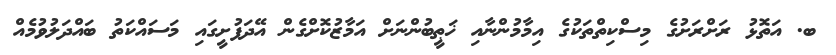
ބ. އަތޮޅު ރަށްރަށުގެ މިސްކިތްތަކުގެ އިމާމުންނާއި ޚަޠީބުންނަށް އަމާޒުކޮށްގެން އޭދަފުށީގައި މަސައްކަތު ބައްދަލުވުމެއް